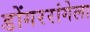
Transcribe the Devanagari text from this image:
डोंगररांगेला